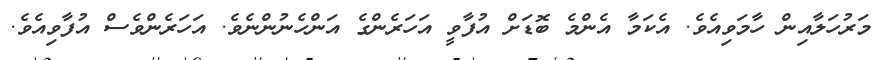
މަރުހަލާއިން ހާމަވިއެވެ. އެކަމާ އެންމެ ބޮޑަށް އުފާވީ އަހަރެންގެ އަންހެނުންނެވެ. އަހަރެންވެސް އުފާވިއެވެ.